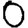
Digit: 0